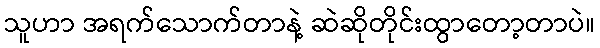
သူဟာ အရက်သောက်တာနဲ့ ဆဲဆိုတိုင်းထွာတော့တာပဲ။